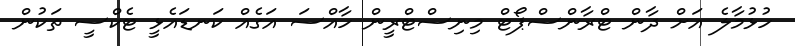
ހުޅުމާލެ އަށް ދާން ޓްރާންސްޕޯޓް މިނިސްޓްރީން ހާއްސަ އަގެއް ކަނޑައެޅީ ޓެކްސީ ތަކުން